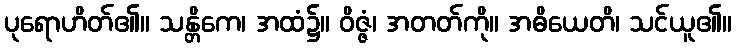
ပုရောဟိတ်၏။ သန္တိကေ၊ အထံ၌။ ဝိဇ္ဇံ၊ အတတ်ကို။ အဓိယေတိ၊ သင်ယူ၏။